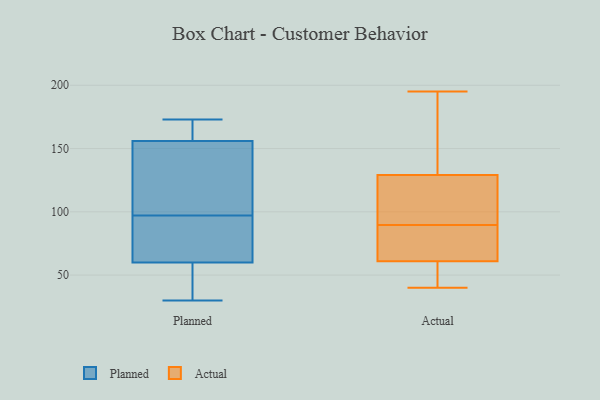
{"axis": {"x": "Temperature (°C)", "y": "Value"}, "legend": ["Actual", "Planned"], "data": [{"x": "", "y": 45, "type": "Planned"}, {"x": "", "y": 156, "type": "Planned"}, {"x": "", "y": 112, "type": "Planned"}, {"x": "", "y": 74, "type": "Planned"}, {"x": "", "y": 162, "type": "Planned"}, {"x": "", "y": 61, "type": "Planned"}, {"x": "", "y": 53, "type": "Planned"}, {"x": "", "y": 173, "type": "Planned"}, {"x": "", "y": 102, "type": "Planned"}, {"x": "", "y": 97, "type": "Planned"}, {"x": "", "y": 157, "type": "Planned"}, {"x": "", "y": 87, "type": "Planned"}, {"x": "", "y": 159, "type": "Planned"}, {"x": "", "y": 30, "type": "Planned"}, {"x": "", "y": 60, "type": "Planned"}, {"x": "", "y": 152, "type": "Planned"}, {"x": "", "y": 97, "type": "Planned"}, {"x": "", "y": 32, "type": "Planned"}, {"x": "", "y": 114, "type": "Actual"}, {"x": "", "y": 59, "type": "Actual"}, {"x": "", "y": 105, "type": "Actual"}, {"x": "", "y": 63, "type": "Actual"}, {"x": "", "y": 128, "type": "Actual"}, {"x": "", "y": 130, "type": "Actual"}, {"x": "", "y": 40, "type": "Actual"}, {"x": "", "y": 43, "type": "Actual"}, {"x": "", "y": 48, "type": "Actual"}, {"x": "", "y": 94, "type": "Actual"}, {"x": "", "y": 195, "type": "Actual"}, {"x": "", "y": 71, "type": "Actual"}, {"x": "", "y": 63, "type": "Actual"}, {"x": "", "y": 154, "type": "Actual"}, {"x": "", "y": 159, "type": "Actual"}, {"x": "", "y": 45, "type": "Actual"}, {"x": "", "y": 67, "type": "Actual"}, {"x": "", "y": 177, "type": "Actual"}, {"x": "", "y": 85, "type": "Actual"}, {"x": "", "y": 119, "type": "Actual"}]}